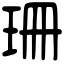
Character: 珊